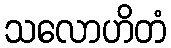
သလောဟိတံ